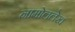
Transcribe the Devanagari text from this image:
नामोललेख